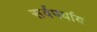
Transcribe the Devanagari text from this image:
सर्वपर्याय